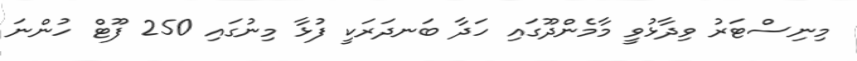
މިނިސްޓަރު ވިދާޅުވީ މާމެންދޫގައި ހަދާ ބަނދަރަކީ ފުޅާ މިނުގައި 250 ފޫޓް ހުންނަ